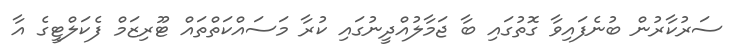
ސަރުކާރުން ބުނެފައިވާ ގޮތުގައި ބާ ޖަމާލުއްދީނުގައި ކުރާ މަސައްކަތްތައް ޓޫރިޒަމް ފެކަލްޓީގެ އާ